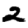
Digit: 2